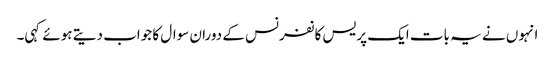
انہوں نے یہ بات ایک پریس کانفرنس کے دوران سوال کا جواب دیتے ہوئے کہی۔